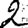
Digit: 2